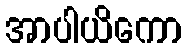
အာပါယိကော